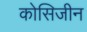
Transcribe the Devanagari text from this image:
कोसिजीन